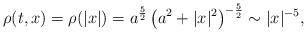
LaTeX: \begin{align*} \rho(t,x)=\rho(|x|)=a^{\frac{5}{2}}\left(a^2+|x|^2\right)^{-\frac{5}{2}} \sim |x|^{-5},\end{align*}